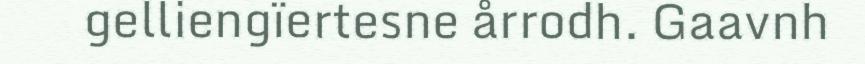
gelliengïertesne årrodh. Gaavnh